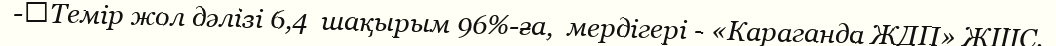
-	Темір жол дәлізі 6,4  шақырым 96%-ға,  мердігері - «Караганда ЖДП» ЖШС.